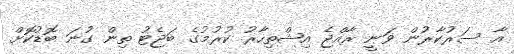
އާ ސަރުކާރުން ވަނީ ރާއްޖެ އިޝްތިހާރު ކުރުމުގެ ބަޖެޓު ތިން ގުނަ ބޮޑުކޮށް